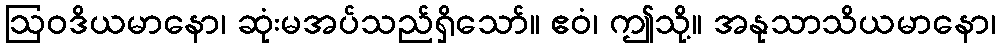
ဩဝဒိယမာနော၊ ဆုံးမအပ်သည်ရှိသော်။ ဧဝံ၊ ဤသို့။ အနုသာသိယမာနော၊